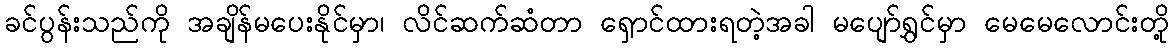
ခင်ပွန်းသည်ကို အချိန်မပေးနိုင်မှာ၊ လိင်ဆက်ဆံတာ ရှောင်ထားရတဲ့အခါ မပျော်ရွှင်မှာ မေမေလောင်းတို့